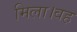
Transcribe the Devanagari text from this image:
मिला।वह